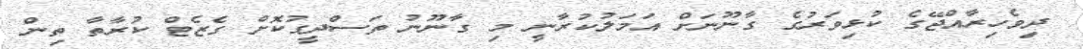
ދިވެހިރާއްޖޭގެ ކުޅިވަރުގެ ގާނޫނަށް އަމަލުކުރާނީ މި ގާނޫނު ތަސްދީގުކޮށް ގެޒެޓް ކުރާތާ ތިން